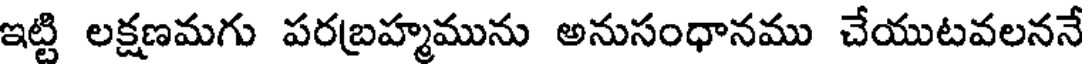
ఇట్టి లక్షణమగు పరబ్రహ్మమును అనుసంధానము చేయుటవలననే